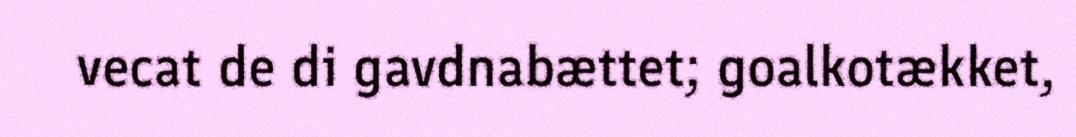
vecat de di gavdnabættet; goalkotækket,